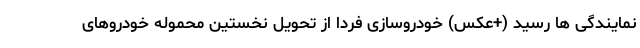
نمایندگی ها رسید (+عکس) خودروسازی فردا از تحویل نخستین محموله خودروهای